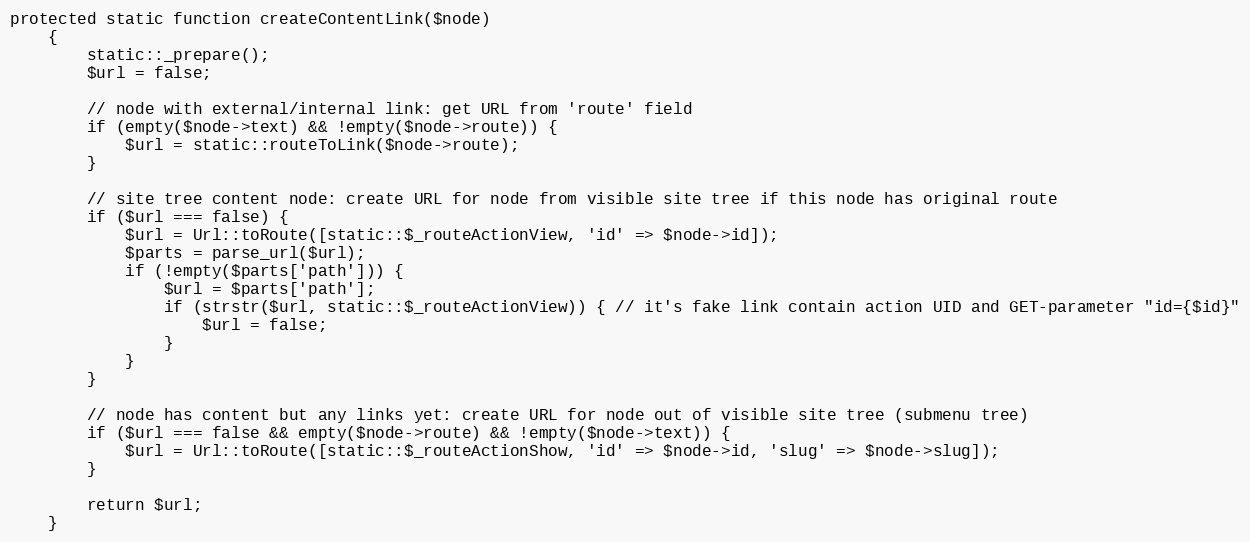
Language: PHP
protected static function createContentLink($node)
    {
        static::_prepare();
        $url = false;

        // node with external/internal link: get URL from 'route' field
        if (empty($node->text) && !empty($node->route)) {
            $url = static::routeToLink($node->route);
        }

        // site tree content node: create URL for node from visible site tree if this node has original route
        if ($url === false) {
            $url = Url::toRoute([static::$_routeActionView, 'id' => $node->id]);
            $parts = parse_url($url);
            if (!empty($parts['path'])) {
                $url = $parts['path'];
                if (strstr($url, static::$_routeActionView)) { // it's fake link contain action UID and GET-parameter "id={$id}"
                    $url = false;
                }
            }
        }

        // node has content but any links yet: create URL for node out of visible site tree (submenu tree)
        if ($url === false && empty($node->route) && !empty($node->text)) {
            $url = Url::toRoute([static::$_routeActionShow, 'id' => $node->id, 'slug' => $node->slug]);
        }

        return $url;
    }